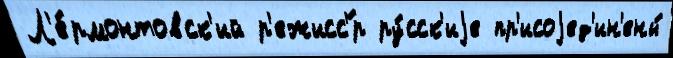
Л'е́рмонтовск'ий р'ежисс'́р ру́сск'иjе пр'исоjед'ин'ены́